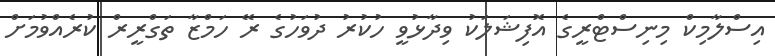
އިސްލާމިކް މިނިސްޓްރީގެ އޮފިޝަލަކު ވިދާޅުވީ ހުކުރު ދުވަހުގެ ރޭ ހަމްޒާ ތަގްރީރް ކުރެއްވުމަށް